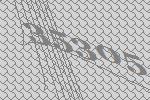
35305